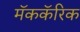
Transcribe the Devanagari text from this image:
मॅककॅरिक